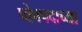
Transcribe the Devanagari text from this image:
पोपपदाच्या